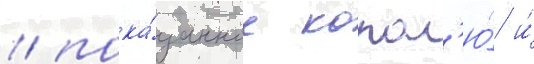
/ пока́занное корол'ю́ и́